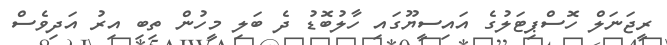
ރީޖަނަލް ހޮސްޕިޓަލުގެ އައިސީޔޫގައި ހާލުބޮޑު ދެ ބަލި މީހުން ތިބި އިރު އަދިވެސް